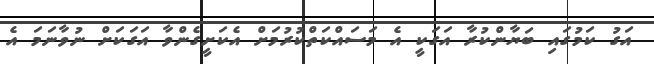
އަގު ކަމުގައި ބަޔާންކުރާ އަގަކީ އެ މަސައްކަތްކުރުމަށް އެކަށީގެންވާ އަގަކަށް ނުވާނަމަ އެ